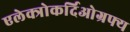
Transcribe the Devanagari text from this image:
एलेक्त्रोकर्दिओग्रफ्य